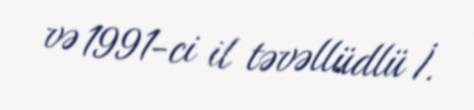
və 1991-ci il təvəllüdlü İ.